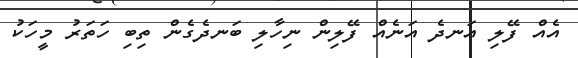
އެއް ފޭލި އަނދެ އަނެއް ފޭލިން ނިހާލި ބަނދެގެން ތިބި ހަތަރު މީހަކު